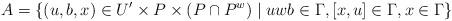
LaTeX: \begin{align*}A=\left\{ (u,b,x) \in U' \times P\times (P\cap P^w) \mid uwb\in \Gamma, [x,u]\in \Gamma, x\in \Gamma \right\} \end{align*}